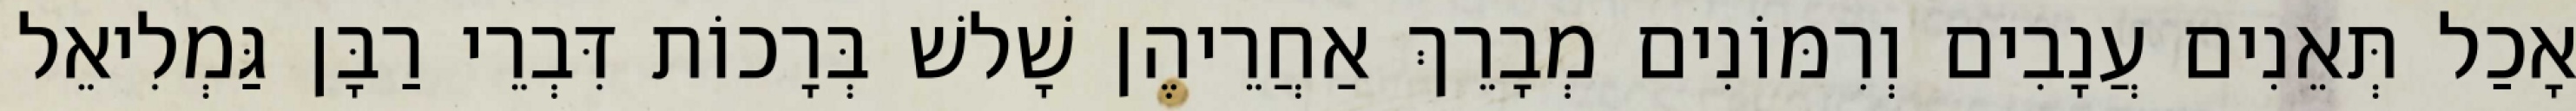
אָכַל תְּאֵנִים עֲנָבִים וְרִמּוֹנִים מְבָרֵךְ אַחֲרֵיהֶן שָׁלשׁ בְּרָכוֹת דִּבְרֵי רַבָּן גַּמְלִיאֵל